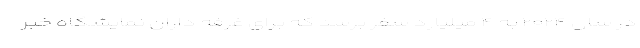
در سال ۲۰۲۴ به ۴ میلیارد سفر برسد که برای غرفه داران نمایشگاه خبر